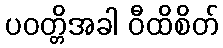
ပဝတ္တိအခါ ဝီထိစိတ်